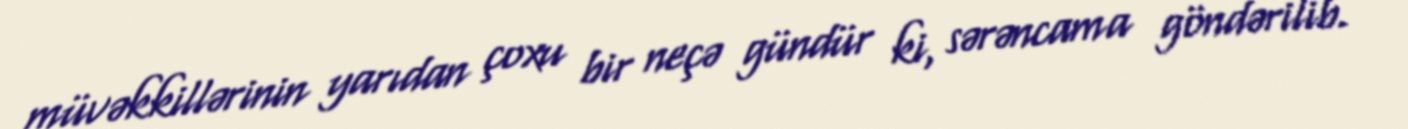
müvəkkillərinin yarıdan çoxu bir neçə gündür ki, sərəncama göndərilib.